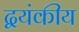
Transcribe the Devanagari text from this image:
द्वयंकीय